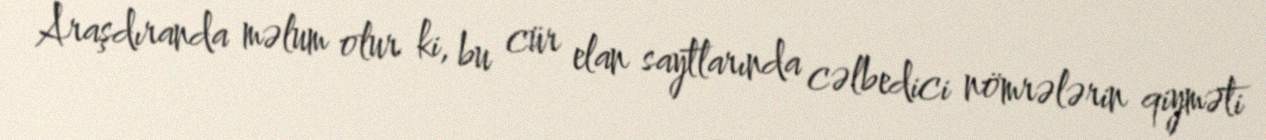
Araşdıranda məlum olur ki, bu cür elan saytlarında cəlbedici nömrələrin qiyməti